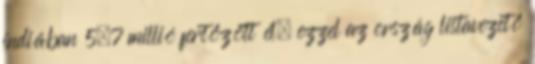
indiában 5,7 millió fertőzött él, ezzel az ország listavezető